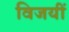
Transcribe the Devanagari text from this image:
विजयीं